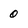
Character: 0